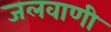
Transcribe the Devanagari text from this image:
जलवाणी